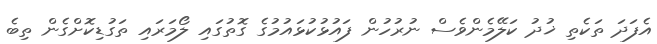
އެފަދަ ތަކެެތި ޚުދު ކަލޭމެންވެސް ނުރުހުން ފައުޅުކުޅައުމުގެ ގޮތުގައި ލޯމަރައި ތަގުޑިކޮށްގެން ތިބެ